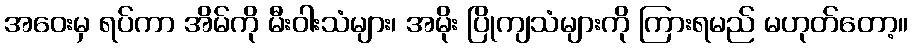
အဝေးမှ ရပ်ကာ အိမ်ကို မီးဝါးသံများ၊ အမိုး ပြိုကျသံများကို ကြားရမည် မဟုတ်တော့။